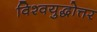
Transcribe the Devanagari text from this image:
विश्वयुद्धोत्तर